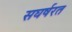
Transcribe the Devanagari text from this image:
सघर्षरत